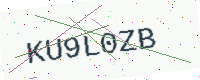
Text: KU9L0ZB